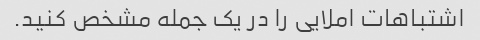
اشتباهات املایی را در یک جمله مشخص کنید.